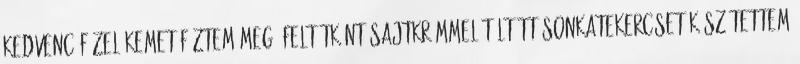
kedvenc főzelékemet főztem meg. Feltétként sajtkrémmel töltött sonkatekercset készítettem